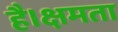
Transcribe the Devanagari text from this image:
है।क्षमता